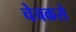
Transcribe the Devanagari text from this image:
चेचकसे